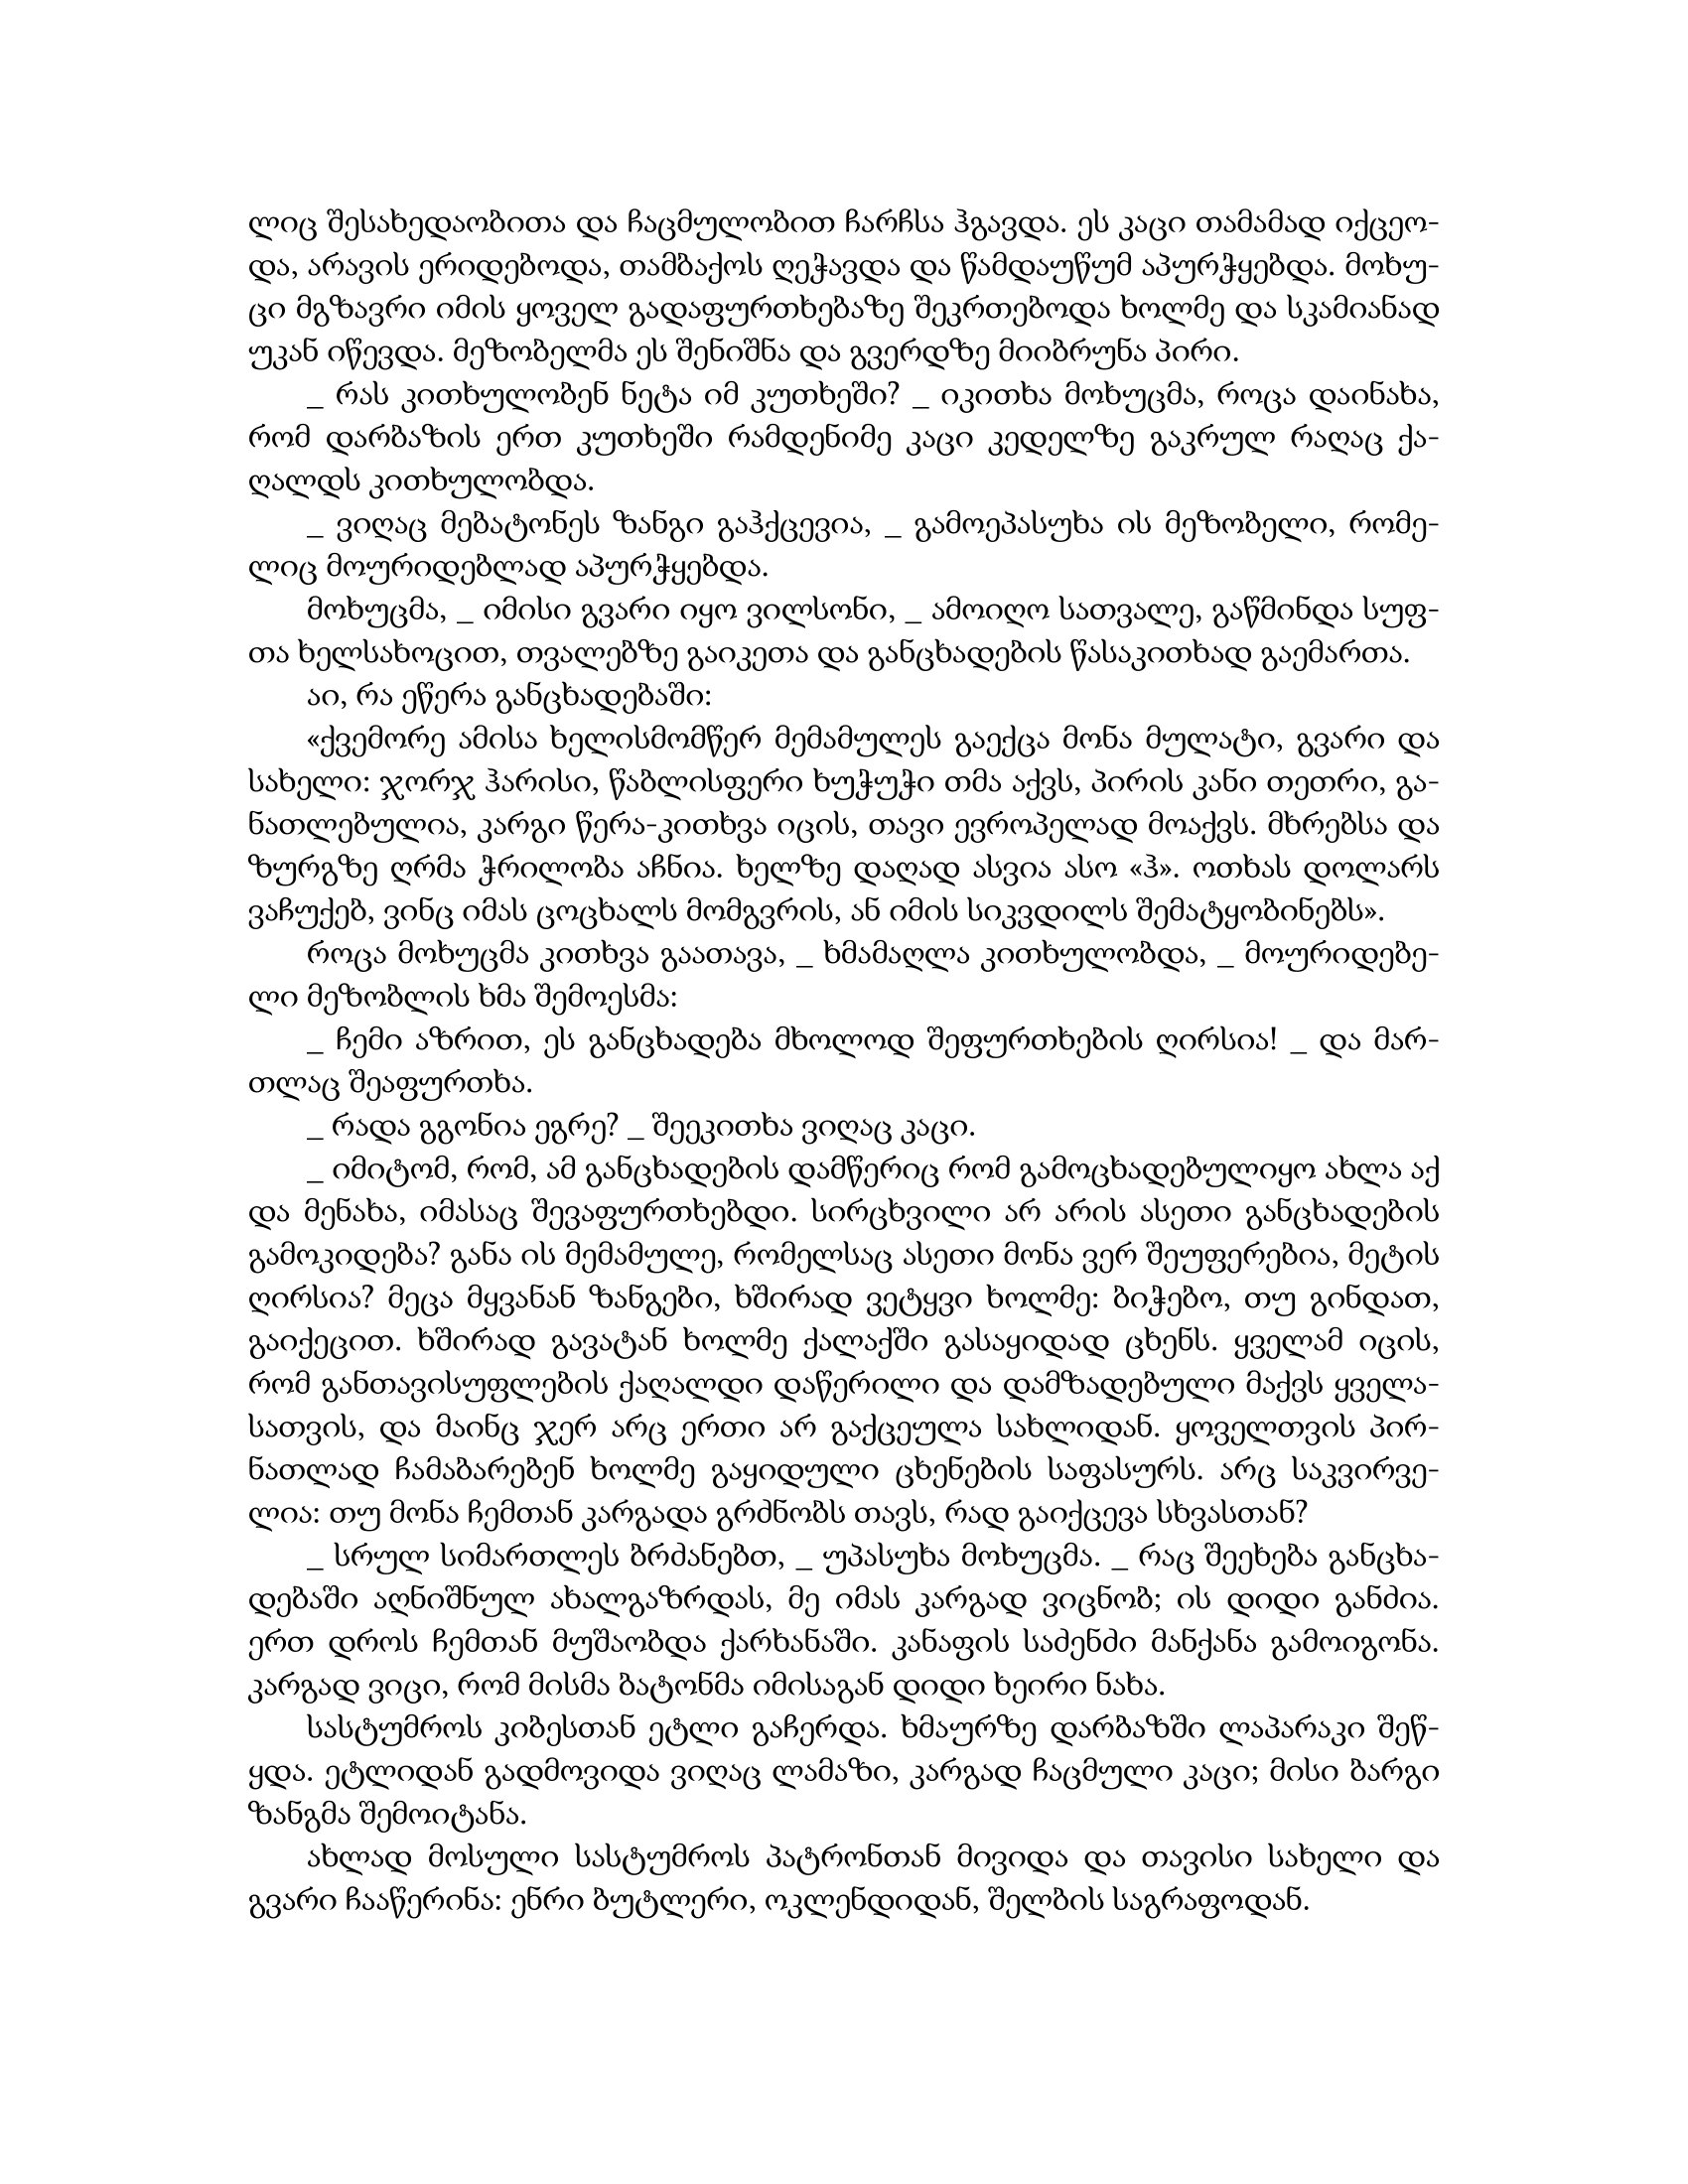
Language: gr